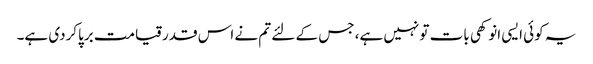
یہ کوئی ایسی انوکھی بات تونہیں ہے، جس کے لئے تم نے اس قدرقیامت برپاکردی ہے۔